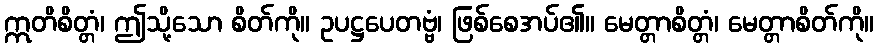
ဣတိစိတ္တံ၊ ဤသို့သော စိတ်ကို။ ဥပဋ္ဌပေတဗ္ဗံ၊ ဖြစ်စေအပ်၏။ မေတ္တာစိတ္တံ၊ မေတ္တာစိတ်ကို။